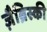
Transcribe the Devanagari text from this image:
ज़ैब्रिस्की